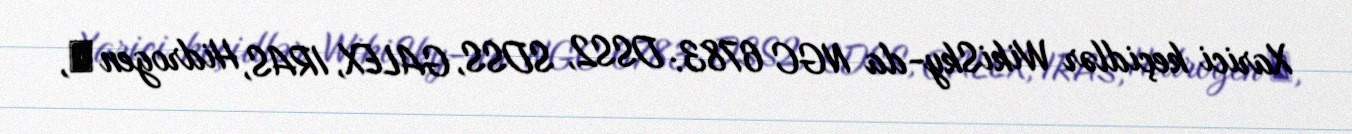
Xarici keçidlər WikiSky-da NGC 6783: DSS2, SDSS, GALEX, IRAS, Hidrogen α,